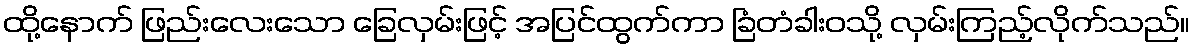
ထို့နောက် ဖြည်းလေးသော ခြေလှမ်းဖြင့် အပြင်ထွက်ကာ ခြံတံခါးဝသို့ လှမ်းကြည့်လိုက်သည်။